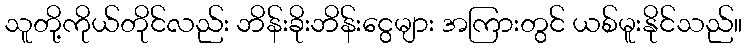
သူတို့ကိုယ်တိုင်လည်း ဘိန်းခိုးဘိန်းငွေများ အကြားတွင် ယစ်မူးနိုင်သည်။